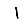
Digit: 1